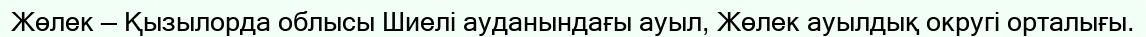
Жөлек — Қызылорда облысы Шиелі ауданындағы ауыл, Жөлек ауылдық округі орталығы.